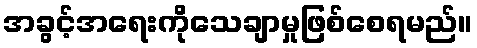
အခွင့်အရေးကိုသေချာမှုဖြစ်စေရမည်။